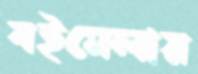
বইমেলায়